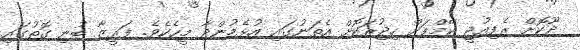
ދޫކޮށް ރެފިއުޖީ ކޭމްޕަށް ހިޖުރަކޮށް އެތަނުގައި އުޅެމުންދާ މީހެކެވެ. ފަރީޒާ ބުނި ގޮތުގައި